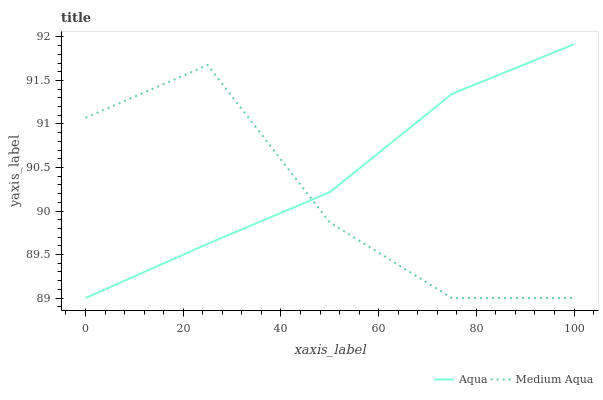
| xaxis_label | Aqua | Medium Aqua |
 | --- | --- | --- |
 | 0 | 89 | 91.1 |
 | 25 | 89.6 | 91.7 |
 | 50 | 90.2 | 89.9 |
 | 75 | 91.3 | 89 |
 | 100 | 91.9 | 89 |